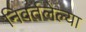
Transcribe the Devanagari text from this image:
निवर्तलेल्या